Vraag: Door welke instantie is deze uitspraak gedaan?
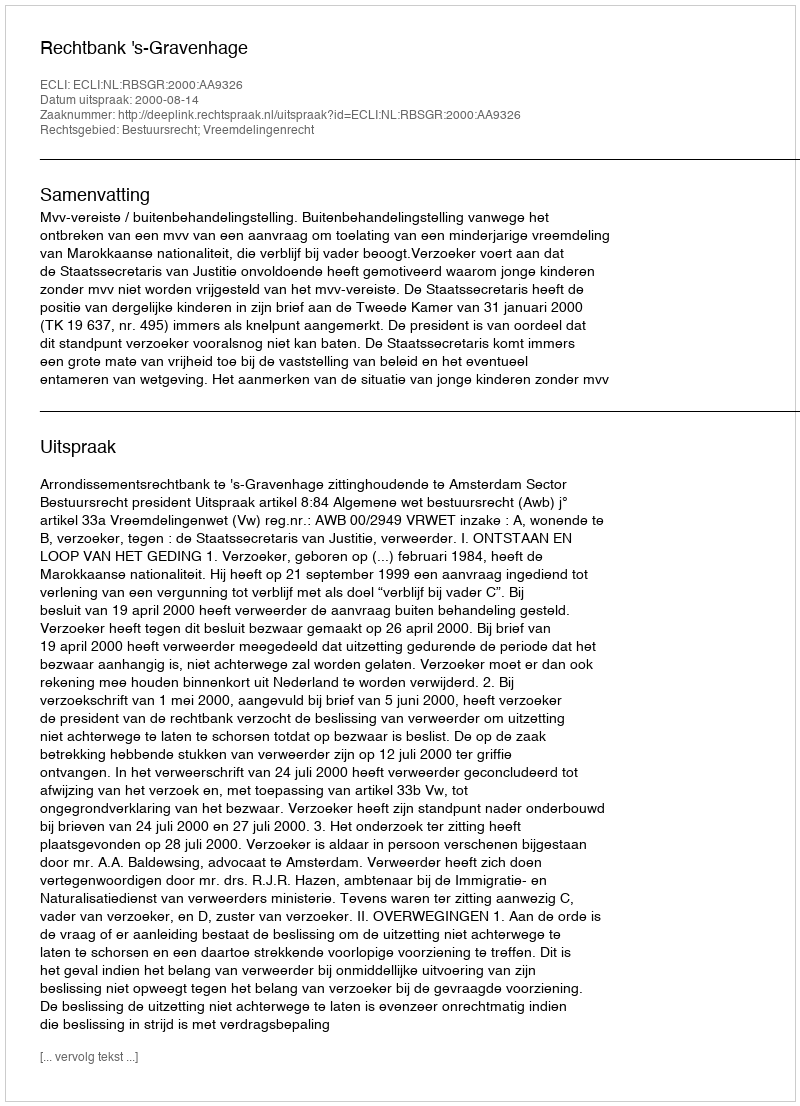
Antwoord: Rechtbank 's-Gravenhage